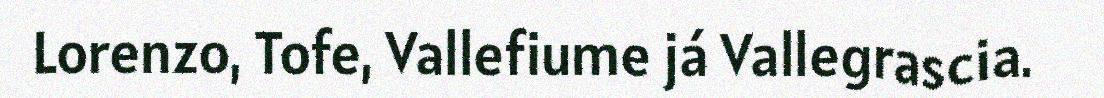
Lorenzo, Tofe, Vallefiume já Vallegrascia.